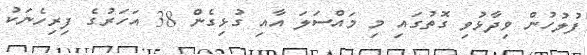
ފުލުހުން ވިދާޅުވި ގޮތުގައި މި މައްސަލަ އާއި ގުޅިގެން 38 އަހަރުގެ ފިރިހެނަކު